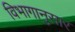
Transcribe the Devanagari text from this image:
विभागानुसार